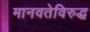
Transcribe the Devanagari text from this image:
मानवतेविरुद्ध